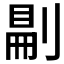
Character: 𠞋